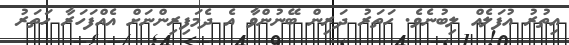
އިތުރު އުފަލެއް ލިބުނެވެ. ހަތަރު ދަރިން ބޭނުންވާ އެ ދެމަފިރިންނަށް އެއްފަހަރާ ހަތަރު